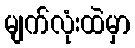
မျက်လုံးထဲမှာ